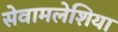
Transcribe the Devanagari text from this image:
सेवामलेशिया